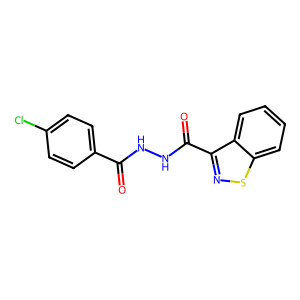
SMILES: O=C(NNC(=O)c1nsc2ccccc12)c1ccc(Cl)cc1
Inhibits HIV replication: No